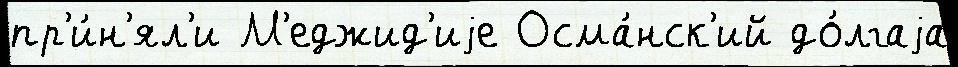
пр'и́н'ял'и М'еджид'иjе Осма́нск'ий до́лгаjа